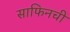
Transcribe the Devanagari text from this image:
साफिनची